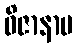
ဝိဇာနာမ